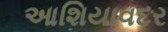
આશિયાવદર